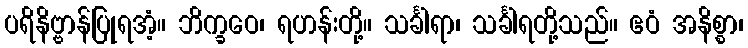
ပရိနိဗ္ဗာန်ပြုရအံ့။ ဘိက္ခဝေ၊ ရဟန်းတို့။ သင်္ခါရာ၊ သင်္ခါရတို့သည်။ ဧဝံ အနိစ္စာ၊